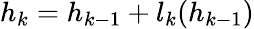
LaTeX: h_{k}=h_{k-1}+l_{k}(h_{k-1})